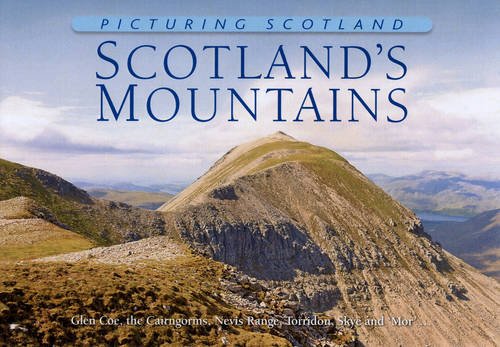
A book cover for Picturing Scotland: Scotland's Mountains: Glen Coe, the Cairngorms, Nevis Range, Torridon, Skye and 'Mor'...; Colin Nutt; Travel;